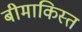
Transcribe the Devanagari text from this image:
बीमाकिस्त